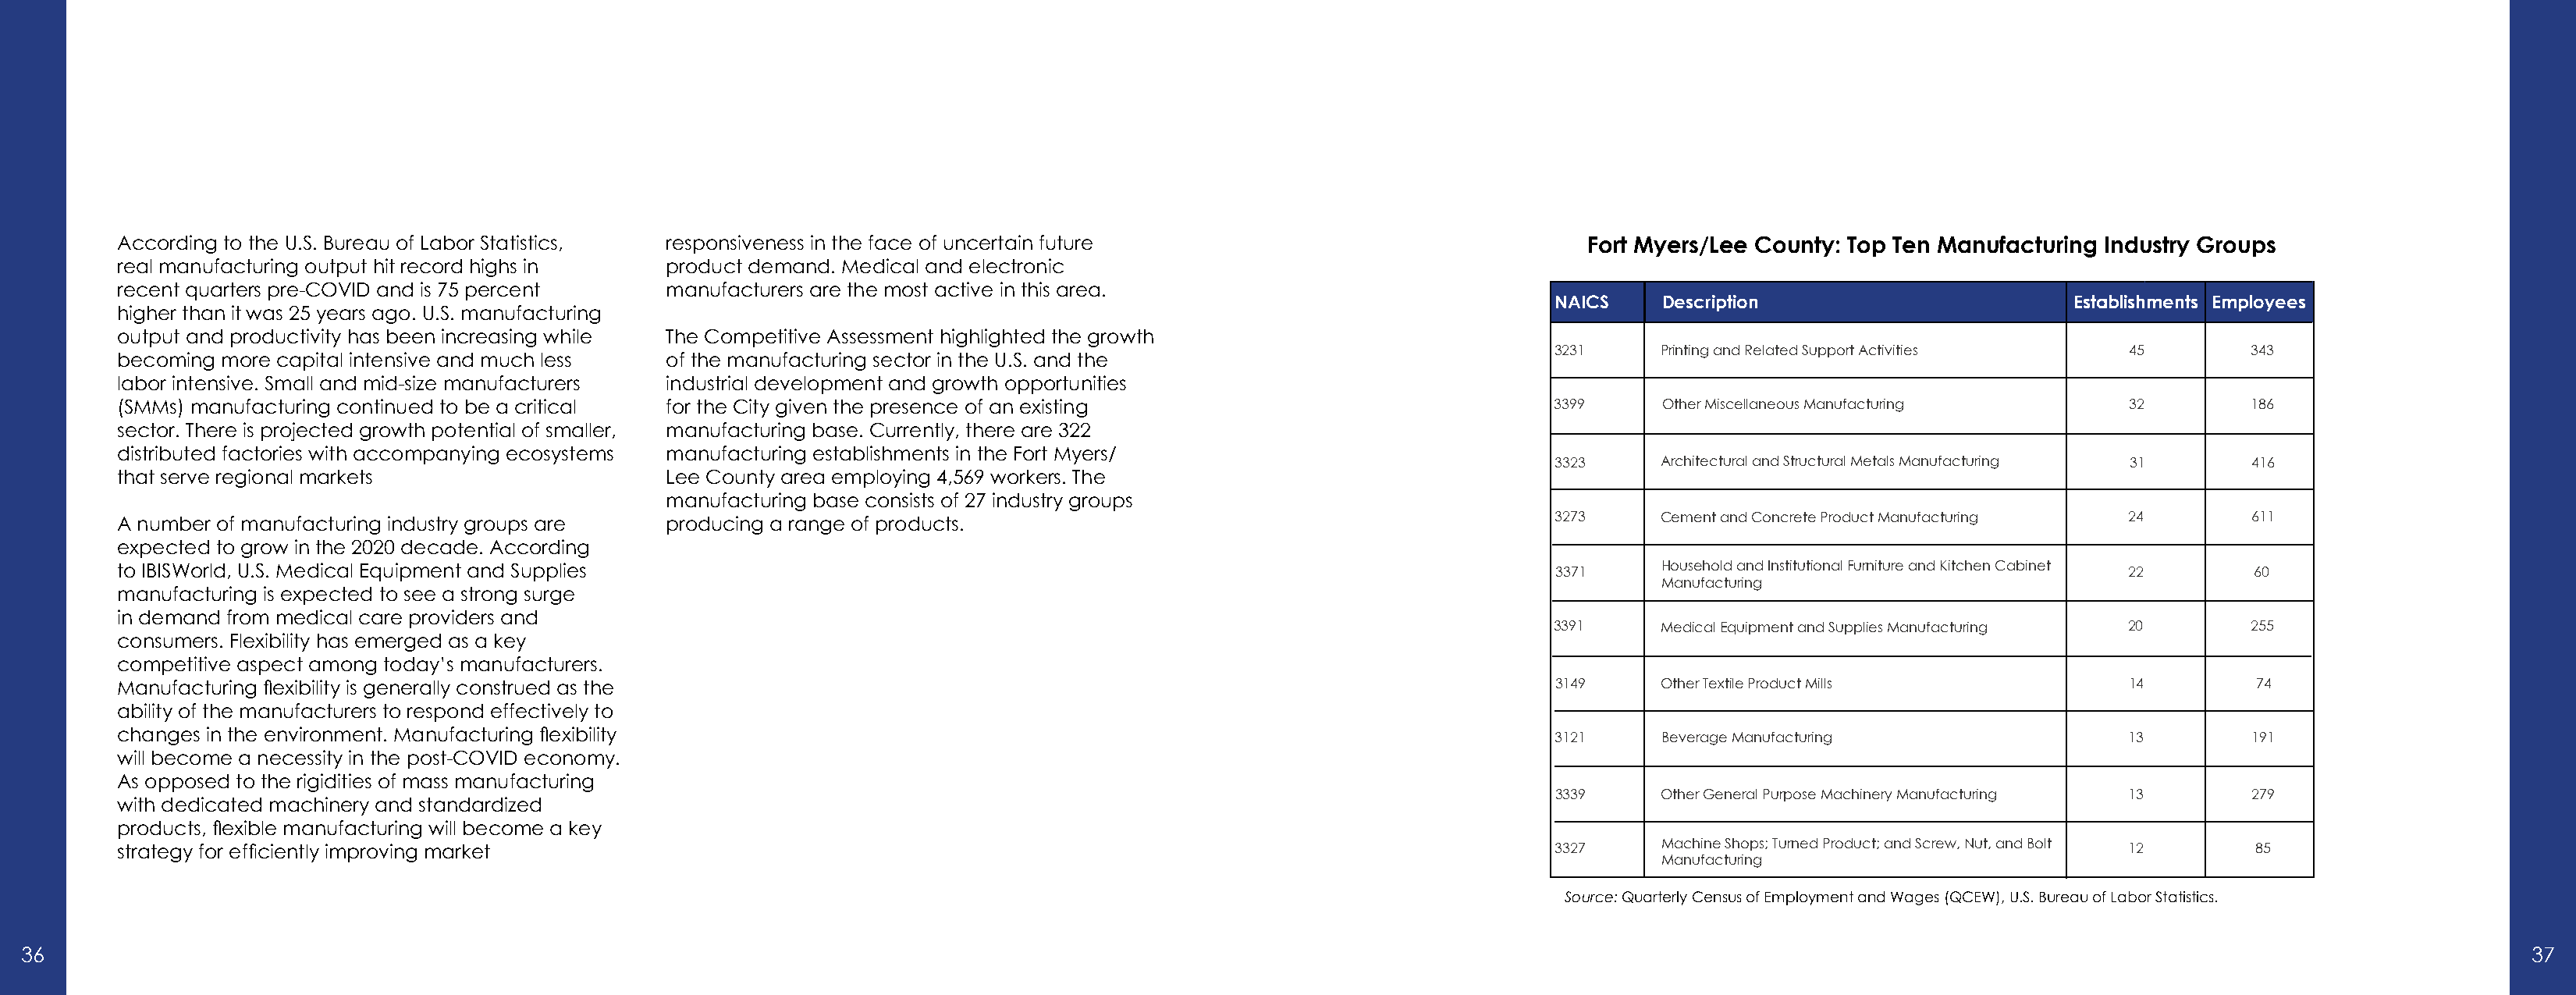
According to the U.S. Bureau of Labor Statistics, responsiveness in the face of uncertain future                             Fort Myers/Lee County: Top Ten Manufacturing Industry Groups
 real manufacturing output hit record highs in product demand. Medical and electronic
 recent quarters pre-COVID and is 75 percent   manufacturers are the most active in this area.
 NAICS    Description                        Establishments Employees
 higher than it was 25 years ago. U.S. manufacturing
 output and productivity has been increasing while The Competitive Assessment highlighted the growth
 3231     Printing and Related Support Activities 45        343
 becoming more capital intensive and much less of the manufacturing sector in the U.S. and the
 labor intensive. Small and mid-size manufacturers industrial development and growth opportunities
 (SMMs) manufacturing continued to be a critical for the City given the presence of an existing                            3399     Other Miscellaneous Manufacturing       32        186
 sector. There is projected growth potential of smaller, manufacturing base. Currently, there are 322
 distributed factories with accompanying ecosystems manufacturing establishments in the Fort Myers/
 3323     Architectural and Structural Metals Manufacturing 31 416
 that serve regional markets                   Lee County area employing 4,569 workers. The
 manufacturing base consists of 27 industry groups
 3273     Cement and Concrete Product Manufacturing 24      611
 A number of manufacturing industry groups are producing a range of products.
 expected to grow in the 2020 decade. According
 to IBISWorld, U.S. Medical Equipment and Supplies                                                                         3371     Household and Institutional Furniture and Kitchen Cabinet 22 60
 Manufacturing
 manufacturing is expected to see a strong surge
 in demand from medical care providers and
 3391     Medical Equipment and Supplies Manufacturing 20   255
 consumers. Flexibility has emerged as a key
 competitive aspect among today’s manufacturers.
 Manufacturing flexibility is generally construed as the                                                                   3149     Other Textile Product Mills             14        74
 ability of the manufacturers to respond effectively to
 changes in the environment. Manufacturing flexibility                                                                     3121     Beverage Manufacturing                  13        191
 will become a necessity in the post-COVID economy.
 As opposed to the rigidities of mass manufacturing
 3339     Other General Purpose Machinery Manufacturing 13  279
 with dedicated machinery and standardized
 products, flexible manufacturing will become a key
 Machine Shops; Turned Product; and Screw, Nut, and Bolt
 strategy for efficiently improving market                                                                                 3327                                             12        85
 Manufacturing
 Source: Quarterly Census of Employment and Wages (QCEW), U.S. Bureau of Labor Statistics.
 36                                                                                                                                                                                                                   37